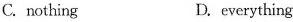
C.nothing D.everything